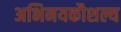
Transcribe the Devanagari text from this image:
अभिनयकौशल्य